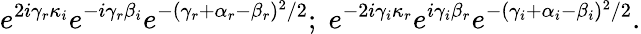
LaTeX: e^{2i\gamma_{r}\kappa_{i}}e^{-i\gamma_{r}\beta_{i}}e^{-(\gamma_{r}+\alpha_{r}-\beta_{r})^{2}/2};\; e^{-2i\gamma_{i}\kappa_{r}}e^{i\gamma_{i}\beta_{r}}e^{-(\gamma_{i}+\alpha_{i}-\beta_{i})^{2}/2}.